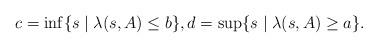
LaTeX: \begin{align*}c=\inf\{s\mid \lambda(s,A)\le b\},d=\sup\{s\mid\lambda(s,A)\ge a\}.\end{align*}